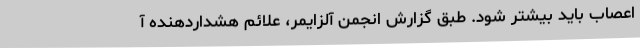
اعصاب باید بیشتر شود. طبق گزارش انجمن آلزایمر، علائم هشداردهنده آ